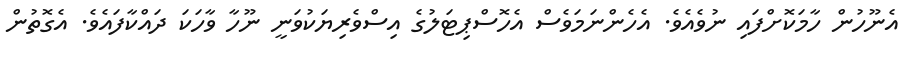
އެނޫހުން ހާމަކޮށްފައި ނުވެއެވެ. އެހެންނަމަވެސް އެހޮސްޕިޓަލުގެ އިސްވެރިޔަކުވަނީ ނޫހާ ވާހަކަ ދައްކާފައެވެ. އެގޮތުން